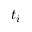
t _ { i }